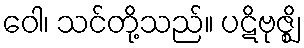
ဝေါ၊ သင်တို့သည်။ ပဋိဗုဇ္ဈိ